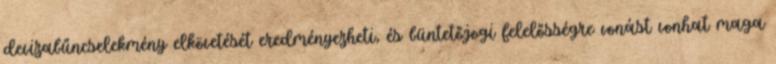
devizabűncselekmény elkövetését eredményezheti, és büntetőjogi felelősségre vonást vonhat maga